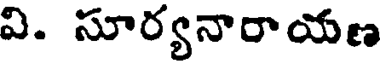
వి. సూర్యనారాయణ